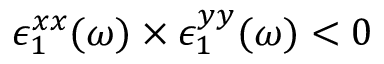
\epsilon _ { 1 } ^ { x x } ( \omega ) \times \epsilon _ { 1 } ^ { y y } ( \omega ) < 0